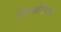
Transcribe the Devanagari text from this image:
यिलखोपवाड